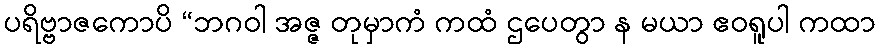
ပရိဗ္ဗာဇကောပိ “ဘဂဝါ အဇ္ဇ တုမှာကံ ကထံ ဌပေတွာ န မယာ ဧဝရူပါ ကထာ